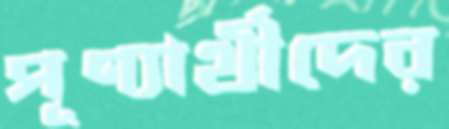
পূণ্যার্থীদের